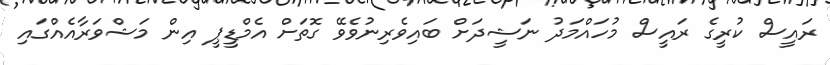
ރައީސް ކުރީގެ ރައީސް މުހައްމަދު ނަޝީދަށް ބައިވެރިނުވެވޭ ގޮތަށް އެމްޑީޕީ އިން މަޝްވަރާއެއްގައި